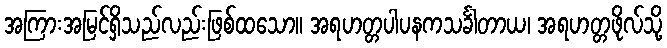
အကြားအမြင်ရှိသည်လည်းဖြစ်ထသော။ အရဟတ္တပါပနကသင်္ခါတာယ၊ အရဟတ္တဖိုလ်သို့